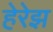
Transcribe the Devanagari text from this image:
हेरेझ